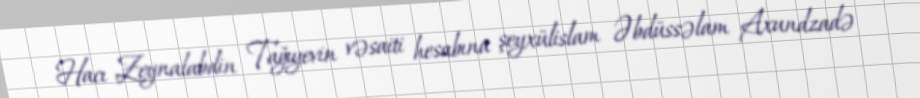
Hacı Zeynalabdin Tağıyevin vəsaiti hesabına şeyxülislam Əbdüssəlam Axundzadə